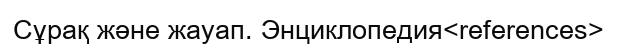
Сұрақ және жауап. Энциклопедия<references>